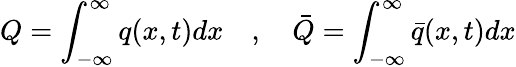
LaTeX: Q=\int_{-\infty}^{\infty}q(x,t)dx\quad,\quad\bar{Q}=\int_{-\infty}^{\infty}\bar{q}(x,t)dx